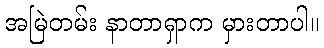
အမြဲတမ်း နာတာရှာက မှားတာပါ။